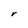
Character: r